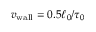
{ v _ { \mathrm { w a l l } } } = 0 . 5 \ell _ { 0 } / \tau _ { 0 }